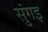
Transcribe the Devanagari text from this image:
सुंगइ